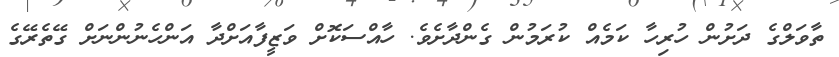
ތާވަލްގެ ދަށުން ހުރިހާ ކަމެއް ކުރަމުން ގެންދާށެވެ. ހާއްސަކޮށް ވަޒީފާއަށްދާ އަންހެނުންނަށް ގޭތެރޭގެ